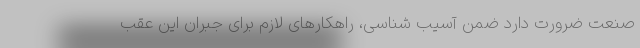
صنعت ضرورت دارد ضمن آسیب شناسی، راهکارهای لازم برای جبران این عقب